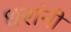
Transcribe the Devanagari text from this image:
धरांनी